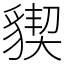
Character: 䝟